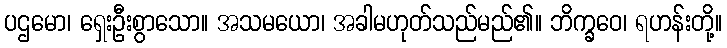
ပဌမော၊ ရှေးဦးစွာသော။ အသမယော၊ အခါမဟုတ်သည်မည်၏။ ဘိက္ခဝေ၊ ရဟန်းတို့။